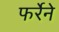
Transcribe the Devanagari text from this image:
फर्रेने